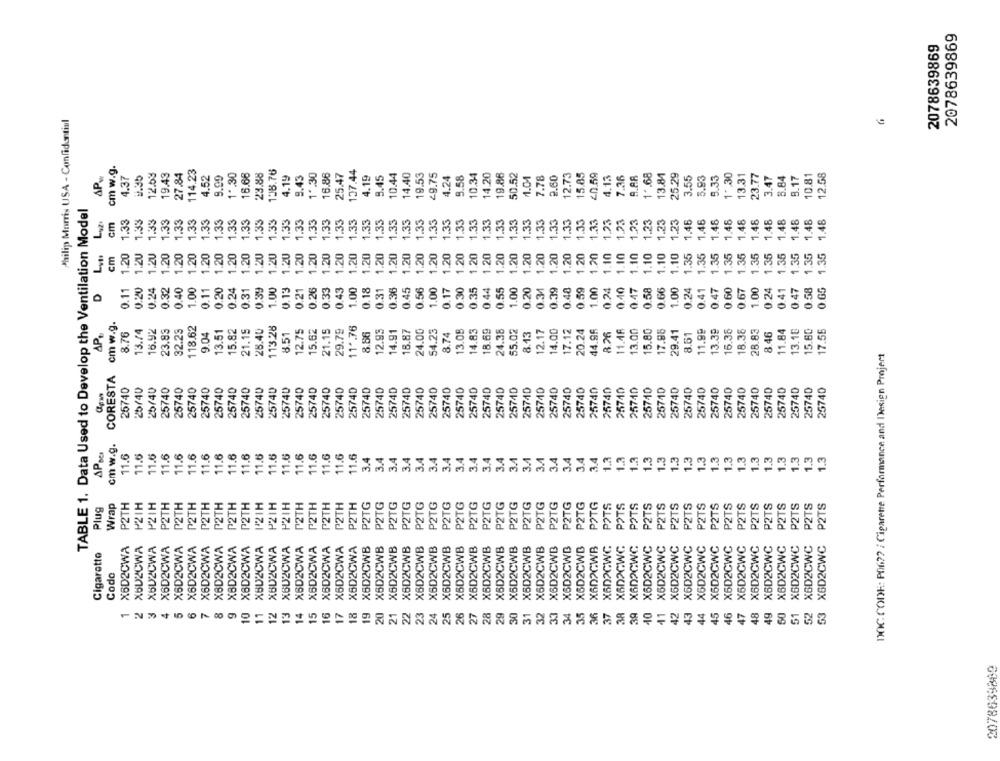
2078639869
2078639869
Philip Morris USA - Confidential
cm w.g.
SP
4.37
12.53
19.43
27.84
114.23
1".30
16.66
23.88
138.76
1",30
16.86
25.47
127.44
14.40
19.53
29.75
5.58
10.34
14.20
50.52
12.73
15.85
20.59
4.13
1".68
3.55
5.93
12.58
2.35
4.52
9.99
4.19
4.19
4.24
1.04
7.78
2.60
7.36
A.AR
5.33
13.31
23.7
TABLE 1. Data Used to Develop the Ventilation Model
1.33
1.33
1.33
1.33
1.33
1.33
1.33
1.33
1.33
1.33
1.33
1.33
1.33
1.33
1.33
1.33
1.33
1.33
1.33
1.33
1.35
1.33
1.33
1.33
1.33
1.33
1.33
.33
1.33
1.33
1.33
1.23
1.23
1.23
1.23
1.23
1.23
1.46
1.46
1.48
1.48
1.48
1.48
1.48
1.48
1.48
cm
1.33
1.33
1.33
1.33
1.46
1.20
1.20
1.35
cm
1.20
1.20
0.32 1.20
1.20
0.20 1.20
.20
1.20
0.13 1.20
1.20
1.20
0.18 1.20
1.20
1.20
0.45 1.20
1.20
1.20
1.20
1.20
1.20
1.20
1.20
0.24 1.10
1.10
1.10
0.58 1.10
1.10
1.10
1.35
1.35
1.35
1.35
0.66
0.67
0.65
0.11
0.20
0.24
0.40
1.00
0.11
0.24
0.31
0.39
1.00
0.21
0.33
0.43
1.00
0.31
0.36
0.56
1.00
0.17
0.30
0.35
0.44
0.55
1.00
0.20
0.34
0.39
0.40
0.59
1.00
0.40
0.47
1.00
0.41
0.47
0.60
1.00
0.41
0.58
D
cm w.g.
118.62
28.40
113.28
24.00
13.18
AP
8.76
16.92
23.83
32.23
9.04
13.51
15.82
8.51
12.75
15.62
21.15
29.79
8.86
12.93
14.91
18.87
54.23
8.74
13.08
14.83
18.69
24.38
55.02
8.13
12.17
14.00
7.12
20.24
44.96
8.26
11.46
13.00
17.98
29.41
8.61
13.39
15.36
28.83
8.46
11.84
15.80
17.55
DOC CODE: P06 ?? / Cigarette Performance and Design Project
CORESTA
25740
25740
25740
25740
25740
25740
25740
25740
25740
25740
25740
25740
25740
25740
25740
25740
25740
25740
25740
25740
25740
25740
25710
25740
25740
26740
25/40
25740
25740
0
cm w.g.
11.6
1.6
1.6
1.6
11.6
11.6
1.6
1.6
11.6
11.6
11.6
1.6
11.6
1.6
11.6
11.6
3.4
3.4
3.4
3.4
3.4
3.4
3.4
3.4
1.3
1.3
1.3
1.3
3.4
3.4
3.4
3.4
3.4
3.4
3.4
3.4
3.4
3.4
1.3
1.3
1.3
1.3
1.3
1.3
1.3
1.3
1.3
1.3
1.3
1.3
1.3
P2TH
P2TH
P2TH
P2TH
P2TH
P2TG
P2TG
P2TG
POTG
POTS
POTS
P2TS
P2TS
P2TS
P2TS
P2TS
Plug
Wrap
P2IH
P21H
P2TH
P2TH
121H
P21H
PZIH
P2TH
P2TH
P2TH
P2TH
P2TH
P2TG
P2TG
POTS
P2TS
P2TS
P2TS
P2TS
P2TS
P2TS
P2TS
P2TS
C
X6D2CWA
X602CWA
XBU2CWA
X6D2CWA
X6D2CWA
X6D2CWA
X6D2CWA
X8D2CWA
X8D2CWA
XBD2CWA
XBD2CWA
XB02CWA
X602CWA
X6D2CWA
X6D2CWA
X6D2CWA
X6D2CWA
X6D2CWA
X6D2CWB
X6D2CWB
X6D2CWB
X6D2CWB
X6D2CWB
X6D2CWB
X6D2CWB
X6D2CWB
X6D2CWB
X6D2CWB
X6D2CWB
X5D2CWB
X6D2CWB
X6D2CWB
X6D2CWB
X6D2CWB
X6D2CWB
X602CWB
X6D2GWC
X602GWG
X602GWG
X6D2CWC
X6D2CWC
X6D2CWC
X6D2CWC
X6D2CWC
X6D2CWC
X6D2CWC
X6D2CWC
X6D2CWC
X6D2CWC
X6D2CWC
X6D2CWC
X6D2CWC
X6D2CWC
Cigaretto
Codo
1.
5
6
7
8
9
10
11
14
16
17
18
19
20
21
22
23
24
25
26
27
28
29
30
31
32
33
34
35
36
37
38
39
40
41
42
43
45
46
47
48
2078639869